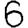
Digit: 6